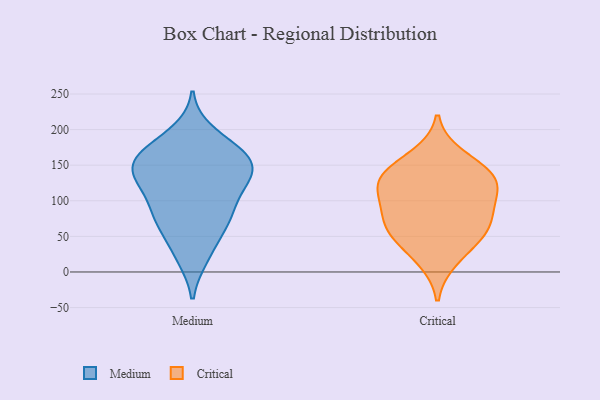
{"axis": {"x": "Net Income (USD K)", "y": "Value"}, "legend": ["Critical", "Medium"], "data": [{"x": "", "y": 156, "type": "Medium"}, {"x": "", "y": 158, "type": "Medium"}, {"x": "", "y": 75, "type": "Medium"}, {"x": "", "y": 195, "type": "Medium"}, {"x": "", "y": 25, "type": "Medium"}, {"x": "", "y": 124, "type": "Medium"}, {"x": "", "y": 178, "type": "Medium"}, {"x": "", "y": 96, "type": "Medium"}, {"x": "", "y": 72, "type": "Medium"}, {"x": "", "y": 174, "type": "Medium"}, {"x": "", "y": 146, "type": "Medium"}, {"x": "", "y": 66, "type": "Medium"}, {"x": "", "y": 107, "type": "Medium"}, {"x": "", "y": 21, "type": "Medium"}, {"x": "", "y": 69, "type": "Medium"}, {"x": "", "y": 142, "type": "Medium"}, {"x": "", "y": 119, "type": "Medium"}, {"x": "", "y": 137, "type": "Medium"}, {"x": "", "y": 146, "type": "Medium"}, {"x": "", "y": 161, "type": "Medium"}, {"x": "", "y": 135, "type": "Critical"}, {"x": "", "y": 72, "type": "Critical"}, {"x": "", "y": 49, "type": "Critical"}, {"x": "", "y": 137, "type": "Critical"}, {"x": "", "y": 69, "type": "Critical"}, {"x": "", "y": 126, "type": "Critical"}, {"x": "", "y": 17, "type": "Critical"}, {"x": "", "y": 163, "type": "Critical"}, {"x": "", "y": 93, "type": "Critical"}, {"x": "", "y": 128, "type": "Critical"}, {"x": "", "y": 51, "type": "Critical"}, {"x": "", "y": 104, "type": "Critical"}]}